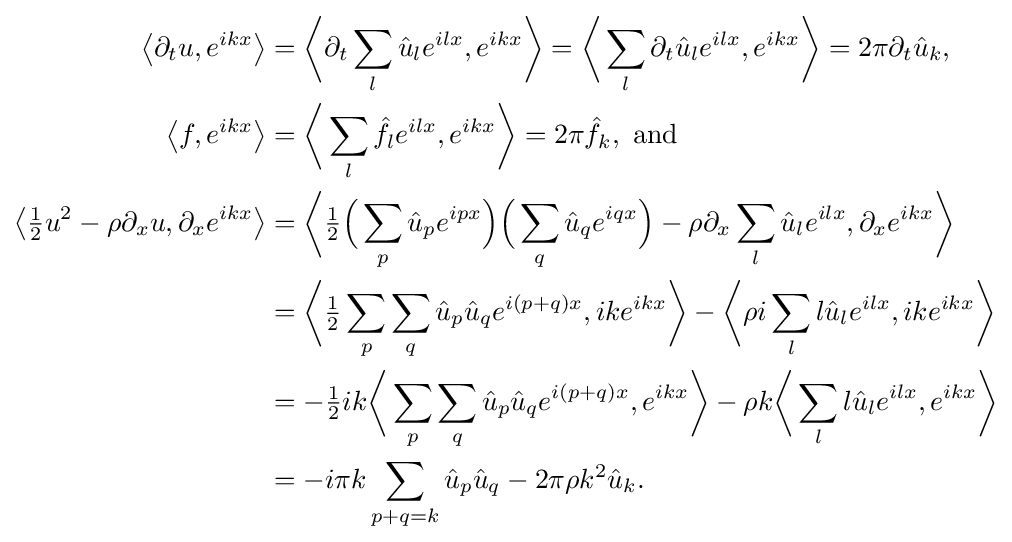
{\begin{aligned}\left\langle \partial _{t}u,e^{ikx}\right\rangle &={\biggl \langle }\partial _{t}\sum _{l}{\hat {u}}_{l}e^{ilx},e^{ikx}{\biggr \rangle }={\biggl \langle }\sum _{l}\partial _{t}{\hat {u}}_{l}e^{ilx},e^{ikx}{\biggr \rangle }=2\pi \partial _{t}{\hat {u}}_{k},\\\left\langle f,e^{ikx}\right\rangle &={\biggl \langle }\sum _{l}{\hat {f}}_{l}e^{ilx},e^{ikx}{\biggr \rangle }=2\pi {\hat {f}}_{k},{\text{ and}}\\\left\langle {\tfrac {1}{2}}u^{2}-\rho \partial _{x}u,\partial _{x}e^{ikx}\right\rangle &={\biggl \langle }{\tfrac {1}{2}}{\Bigl (}\sum _{p}{\hat {u}}_{p}e^{ipx}{\Bigr )}{\Bigl (}\sum _{q}{\hat {u}}_{q}e^{iqx}{\Bigr )}-\rho \partial _{x}\sum _{l}{\hat {u}}_{l}e^{ilx},\partial _{x}e^{ikx}{\biggr \rangle }\\&={\biggl \langle }{\tfrac {1}{2}}\sum _{p}\sum _{q}{\hat {u}}_{p}{\hat {u}}_{q}e^{i\left(p+q\right)x},ike^{ikx}{\biggr \rangle }-{\biggl \langle }\rho i\sum _{l}l{\hat {u}}_{l}e^{ilx},ike^{ikx}{\biggr \rangle }\\&=-{\tfrac {1}{2}}ik{\biggl \langle }\sum _{p}\sum _{q}{\hat {u}}_{p}{\hat {u}}_{q}e^{i\left(p+q\right)x},e^{ikx}{\biggr \rangle }-\rho k{\biggl \langle }\sum _{l}l{\hat {u}}_{l}e^{ilx},e^{ikx}{\biggr \rangle }\\&=-i\pi k\sum _{p+q=k}{\hat {u}}_{p}{\hat {u}}_{q}-2\pi \rho {}k^{2}{\hat {u}}_{k}.\end{aligned}}